Vaccination in the Punjab 1867-1880 - 1867-1880
Year: 1867
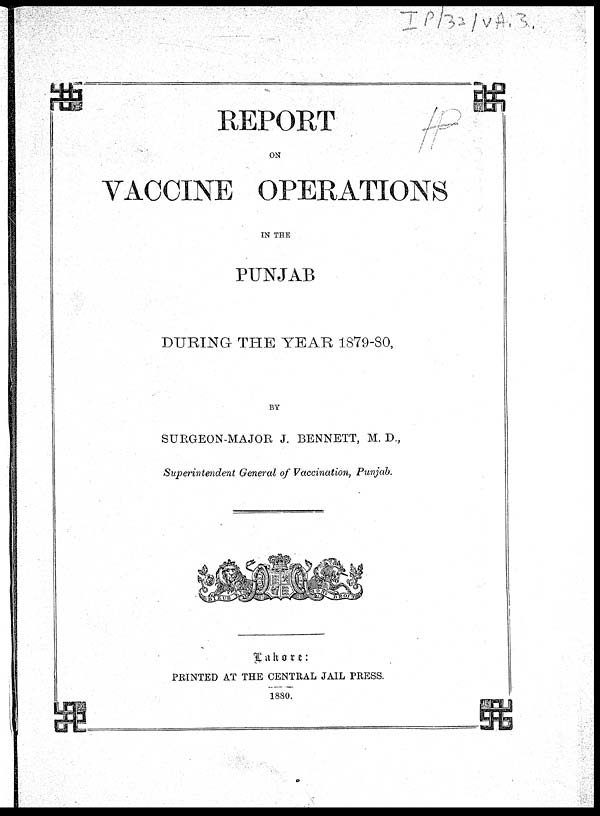
REPORT
ON
VACCINE OPERATIONS
IN THE
PUNJAB
DURING THE YEAR 1879-80,
BY
SURGEON-MAJOR J. BENNETT, M. D.,
Superintendent General of Vaccination, Punjab.
Lahore:
PRINTED AT THE CENTRAL JAIL PRESS.
1880.